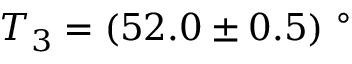
T _ { 3 } = ( 5 2 . 0 \pm 0 . 5 ) \ ^ { \circ }